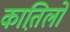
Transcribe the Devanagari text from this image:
कात़िलों